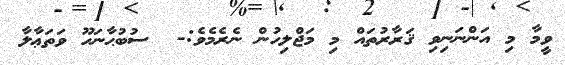
ވީމާ މި އަންނަނިވި ޤަރާރުތައް މި މަޖްލިހުން ނެރެމެވެ:-  ސުބުޙާނަހޫ ވަތަޢާލާ